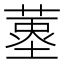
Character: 𦹆